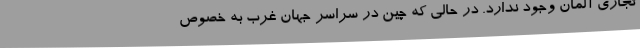
تجاری آلمان وجود ندارد. در حالی که چین در سراسر جهان غرب به خصوص